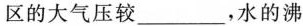
区的大气压较___，水的沸